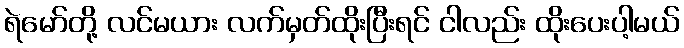
ရဲမော်တို့ လင်မယား လက်မှတ်ထိုးပြီးရင် ငါလည်း ထိုးပေးပါ့မယ်